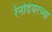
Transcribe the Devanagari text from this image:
रेनडियरच्या